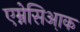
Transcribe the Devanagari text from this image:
एम्नेसिआ़क